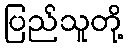
ပြည်သူတို့